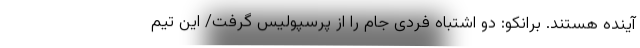
آینده هستند. برانکو: دو اشتباه فردی جام را از پرسپولیس گرفت/ این تیم